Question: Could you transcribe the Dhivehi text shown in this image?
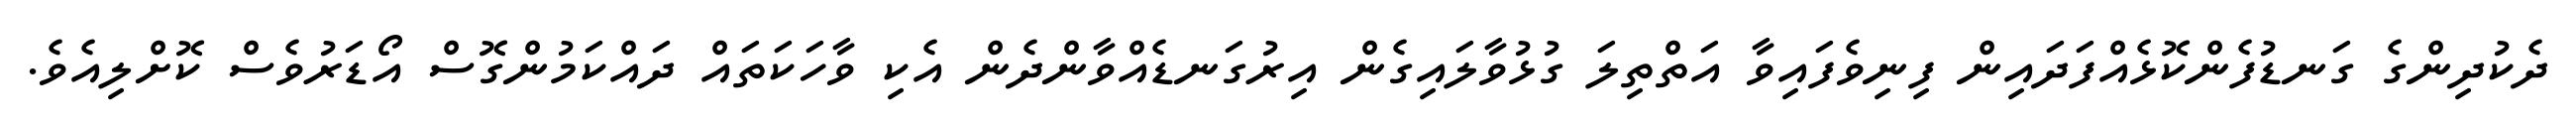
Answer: ދެކުދިންގެ ގަނޑުފެންކޮޅެއްފަދައިން ފިނިވެފައިވާ އަތްތިލަ ގުޅުވާލައިގެން އިރުގަނޑެއްވާންދެން އެކި ވާހަކަތައް ދައްކަމުންގޮސް އޯޑަރުވެސް ކޮށްލިއެވެ.